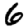
Digit: 6